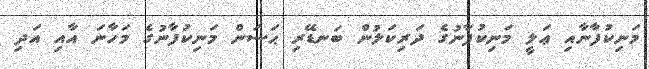
މަނިކުފާނާއި ޢަލީ މަނިކުފާނުގެ ދަރިކަލުން ބަނޑޭރި ޙަސަން މަނިކުފާނުގެ މަހާނަ އާއި އަދި